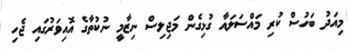
މިއަދު ބަހުސް ކުރި މައްސަލައާ ގުޅިގެން މަޖިލިސް ނިޒާމީ ނުކުތާގެ އޮއިވަރުގައި ޖެހި